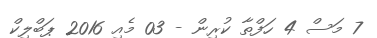
7 މަސް 4 ހަފްތާ ކުރިން - 03 މެއި 2016 ޕަބްލިކް